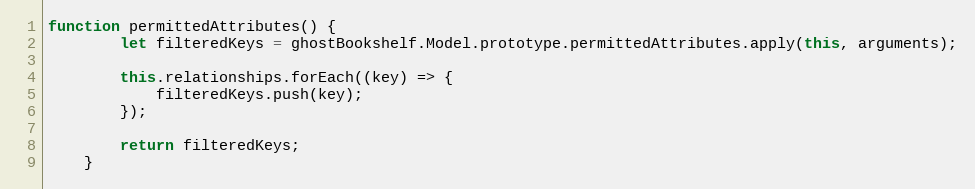
Language: JavaScript
function permittedAttributes() {
        let filteredKeys = ghostBookshelf.Model.prototype.permittedAttributes.apply(this, arguments);

        this.relationships.forEach((key) => {
            filteredKeys.push(key);
        });

        return filteredKeys;
    }